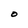
Character: O